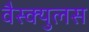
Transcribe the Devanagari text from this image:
वैस्क्युलस